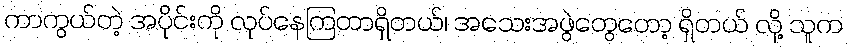
ကာကွယ်တဲ့ အပိုင်းကို လုပ်နေကြတာရှိတယ်၊ အသေးအဖွဲတွေတော့ ရှိတယ် လို့ သူက